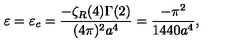
\varepsilon = \varepsilon _ { c } = \frac { - \zeta _ { R } ( 4 ) \Gamma ( 2 ) } { ( 4 \pi ) ^ { 2 } a ^ { 4 } } = \frac { - \pi ^ { 2 } } { 1 4 4 0 a ^ { 4 } } ,